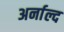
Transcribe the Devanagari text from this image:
अर्नाल्द